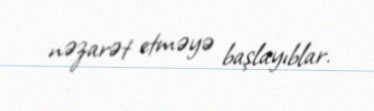
nəzarət etməyə başlayıblar.